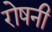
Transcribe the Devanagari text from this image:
रोषनी